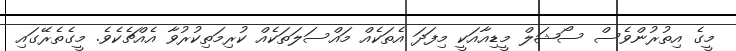
މީގެ އިތުރުންވެސް ސޯޝަލް މީޑިއާއަކީ މިފަދަ އެތަކެއް މައްސަލަތަކެއް ކުރިމަތިކުރުވާ އެއްޗެކެވެ. މީގެތެރޭގައި